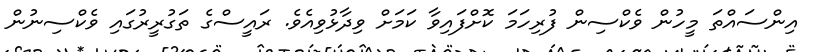
އިންސައްތަ މީހުން ވެކްސިން ފުރިހަމަ ކޮށްފައިވާ ކަމަށް ވިދާޅުވިއެވެ. ރައީސްގެ ތަގުރީރުގައި ވެކްސިނުން